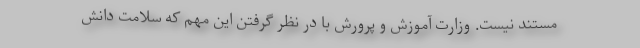
مستند نیست. وزارت آموزش و پرورش با در نظر گرفتن این مهم که سلامت دانش